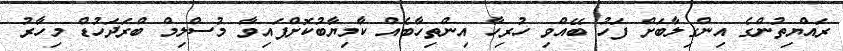
ރައްޔިތުންގެ އިންގިލާބަށް ފަހު ބޭއްވި ހުރިހާ އިންތިހާބެއް ކާމިޔާބުކޮށްފައިވާ މުސްލިމް ބްރަދަހުޑް މިހާރު